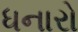
ધનારો